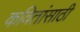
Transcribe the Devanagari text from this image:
कवितांसाठी